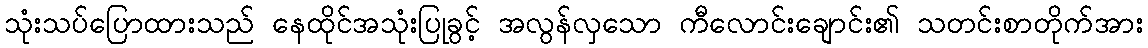
သုံးသပ်ပြောထားသည် နေထိုင်အသုံးပြုခွင့် အလွန်လှသော ကီလောင်းချောင်း၏ သတင်းစာတိုက်အား